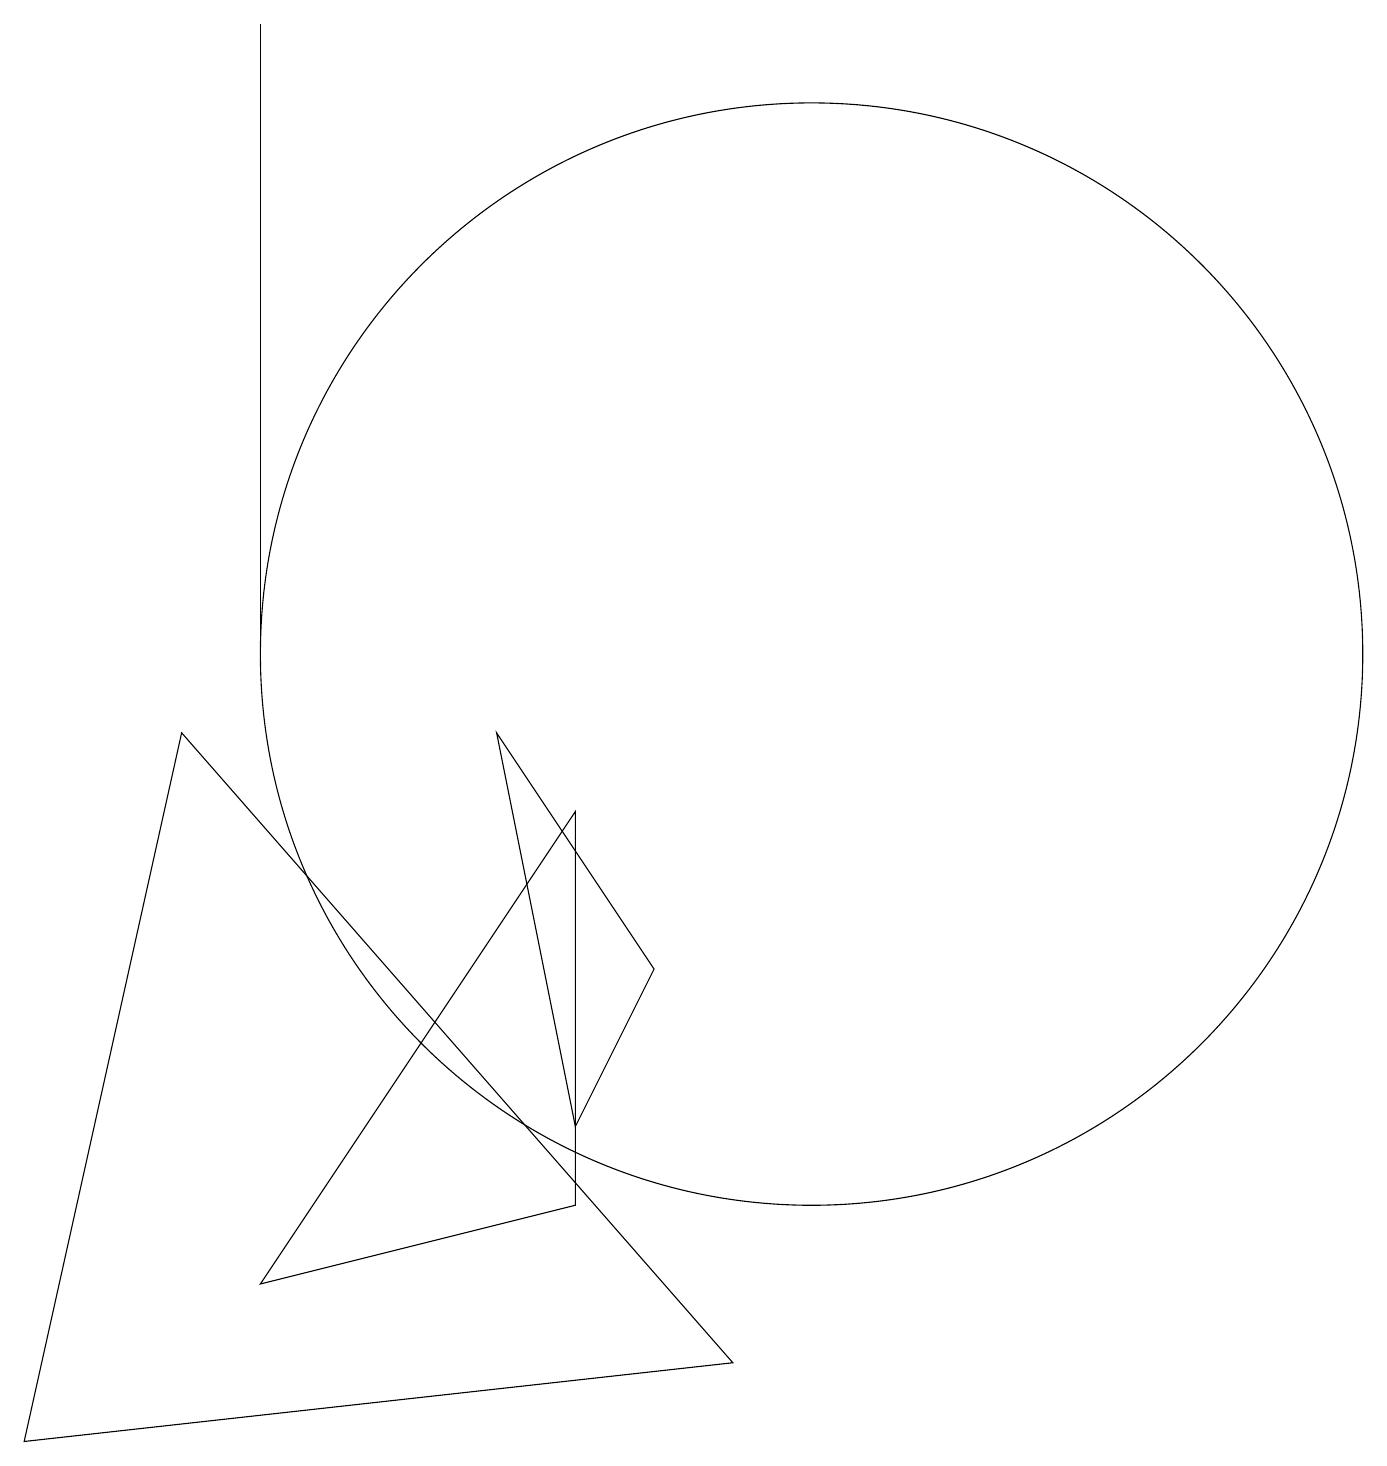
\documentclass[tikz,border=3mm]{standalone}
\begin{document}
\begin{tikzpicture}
\draw (3,18) rectangle (3,10);
\draw (10,10) circle (7);
\draw (3,2) -- (7,8) -- (7,3) -- cycle;
\draw (6,9) -- (7,4) -- (8,6) -- cycle;
\draw (0,0) -- (2,9) -- (9,1) -- cycle;
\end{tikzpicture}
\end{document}